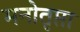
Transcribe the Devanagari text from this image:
मनोतृप्ता